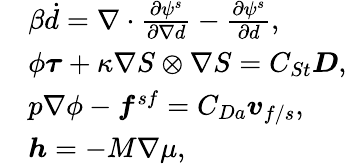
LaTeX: \begin{array}{rl}&{\beta\dot{d}=\nabla\cdot\frac{\partial\psi^{s}}{\partial{\nabla{d}}}-\frac{\partial\psi^{s}}{\partial{d}},}\\ &{\phi\boldsymbol{\tau}+\kappa\nabla{S}\otimes\nabla{S}=C_{St}\boldsymbol{D},}\\ &{p\nabla\phi-\boldsymbol{f}^{sf}=C_{Da}\boldsymbol{v}_{f/s},}\\ &{\boldsymbol{h}=-M\nabla\mu,}\end{array}